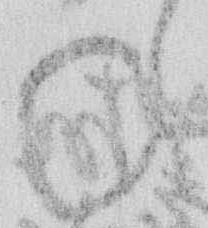
ね